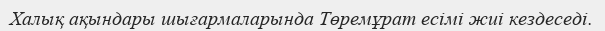
Халық ақындары шығармаларында Төремұрат есімі жиі кездеседі.